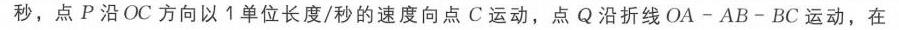
秒，点\(P\)沿\(OC\)方向以\(1\)单位长度/秒的速度向点\(C\)运动，点\(Q\)沿折线\(OA - AB - BC\)运动，在